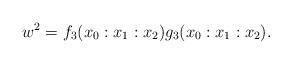
LaTeX: \begin{align*}w^2=f_3(x_0:x_1:x_2)g_3(x_0:x_1:x_2).\end{align*}